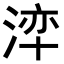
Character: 𭰺